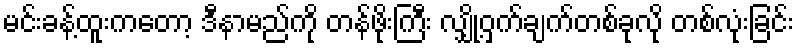
မင်းခန့်ထူးကတော့ ဒီနာမည်ကို တန်ဖိုးကြီး လျှို့ဝှက်ချက်တစ်ခုလို တစ်လုံးခြင်း